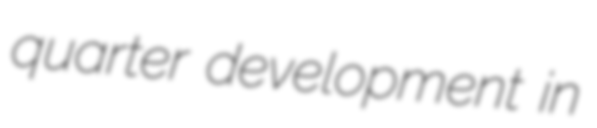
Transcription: quarter development in